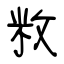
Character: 敉